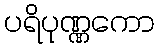
ပရိပုဏ္ဏကော